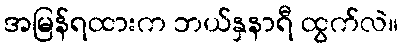
အမြန်ရထားက ဘယ်နှနာရီ ထွက်လဲ။